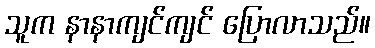
သူက နာနာကျင်ကျင် ပြောလာသည်။